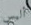
أليس